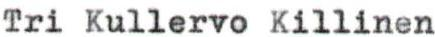
Tri Kullervo Killinen